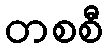
တစစီ